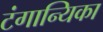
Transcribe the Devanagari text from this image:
टंगान्यिका